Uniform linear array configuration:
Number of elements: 16
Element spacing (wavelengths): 0.25
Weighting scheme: hann
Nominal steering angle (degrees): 45
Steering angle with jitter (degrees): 46.426
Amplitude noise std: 0.05
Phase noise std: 0.05

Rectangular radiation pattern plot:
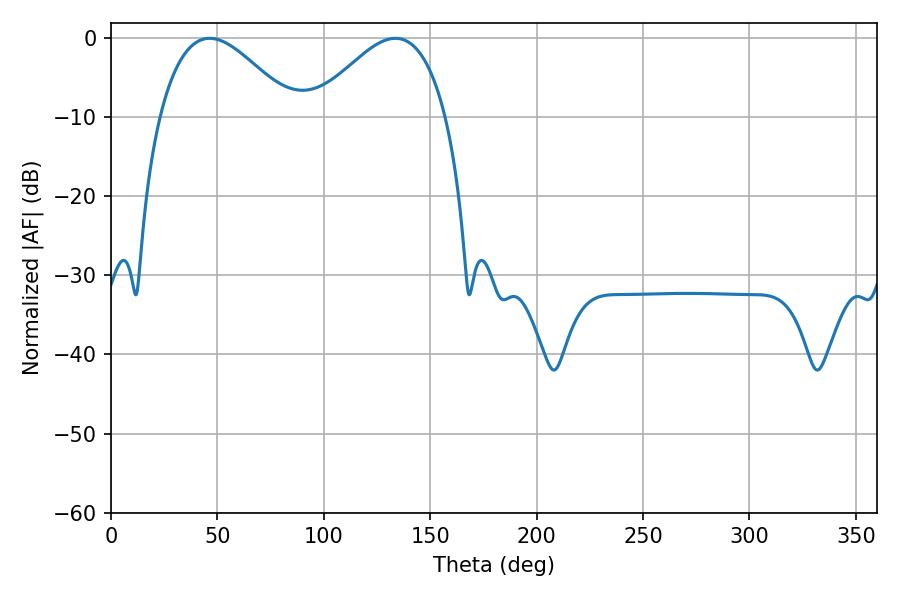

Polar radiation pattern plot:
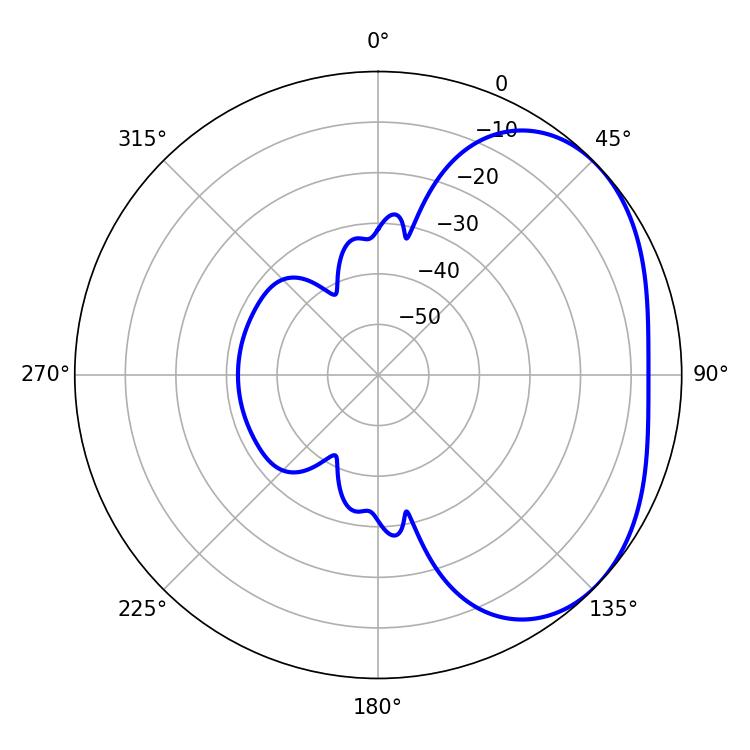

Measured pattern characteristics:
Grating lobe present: FALSE
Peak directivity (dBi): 3.02
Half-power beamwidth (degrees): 33.84
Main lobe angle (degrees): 46.26